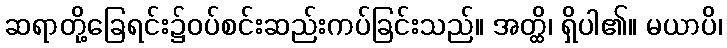
ဆရာတို့ခြေရင်း၌ဝပ်စင်းဆည်းကပ်ခြင်းသည်။ အတ္ထိ၊ ရှိပါ၏။ မယာပိ၊